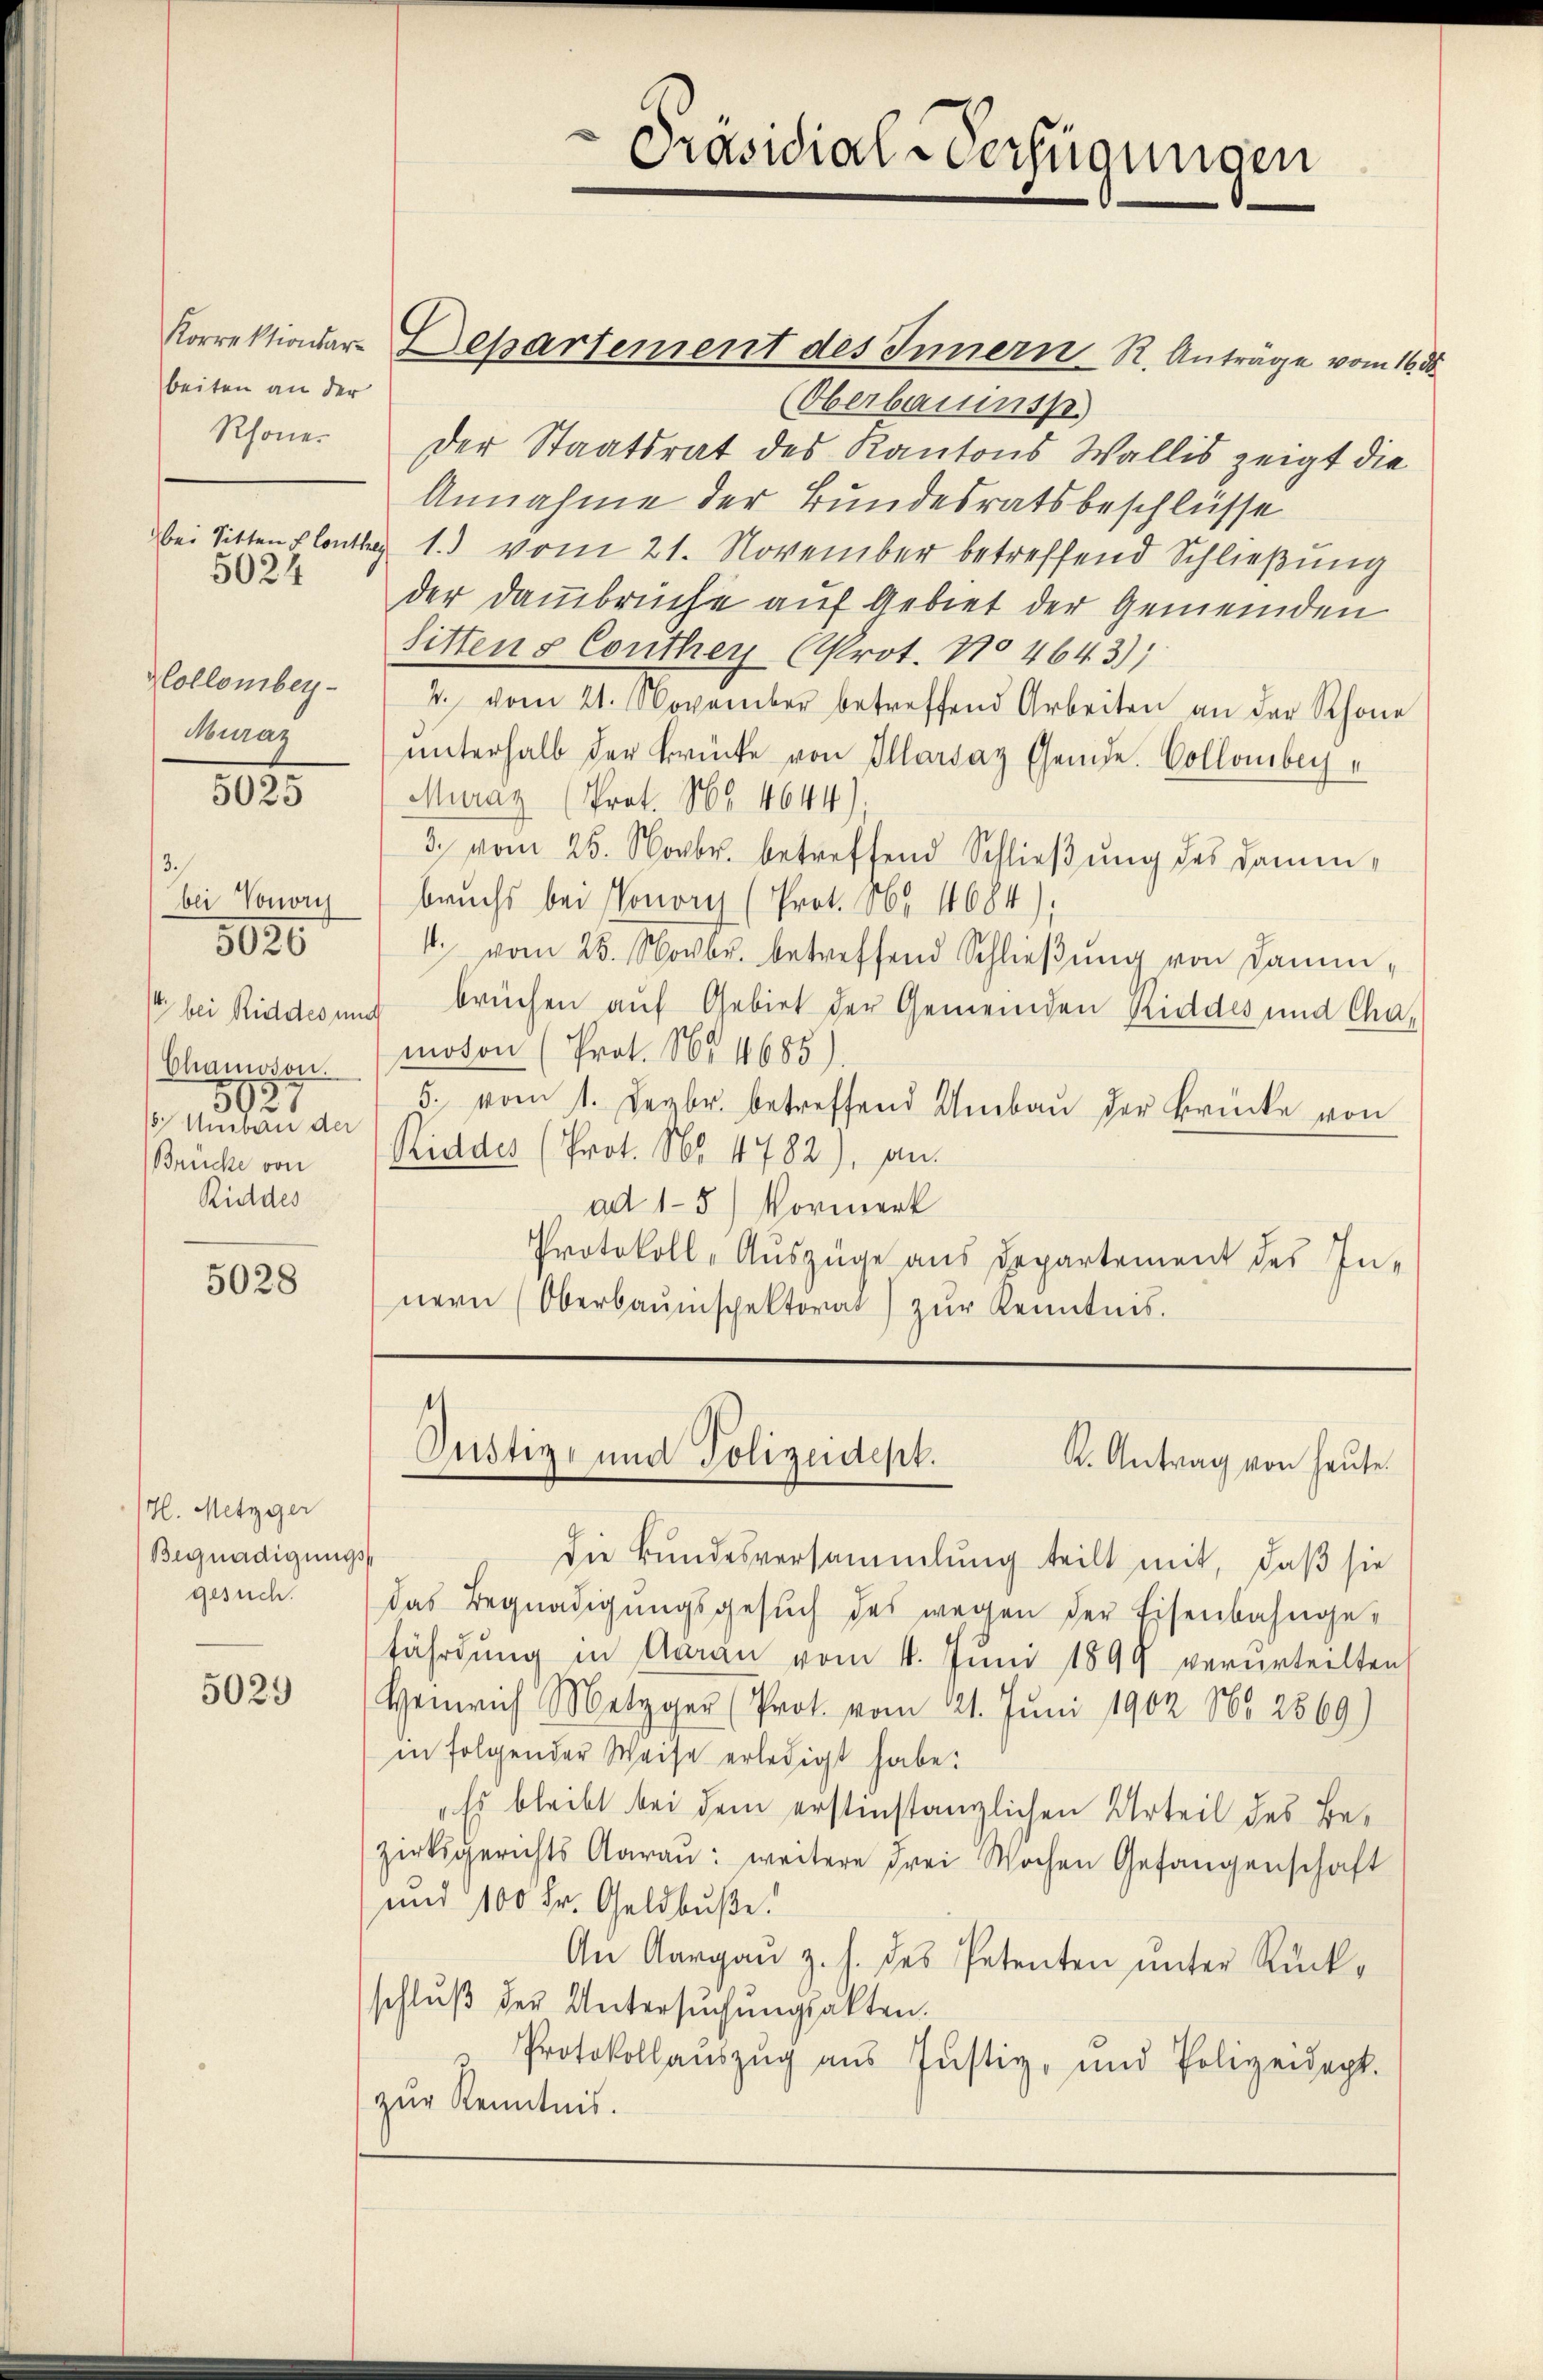
Korrektionsarbeiten an der
Rhone.
5024
Hollomben
Muraz

5025

3.)
bei Vonoris
st bei Riddes unt
Chamoson.
5027
 Umbau der
Brücke von
Rieldes

5020

5028

H. Metzger
Begnadigungsgesuch.

5029

Departement des Innern R. Anträge vom 16. d.
(Oberbauinsp
Der Staatsrat des Kantons Wallis zeigt die
Annahme der Bundesratsbeschlüsse
bei Sittenplantag 1.) vom 21. November betreffend Schließung
der Dammbrüche auf Gebiet der Gemeinden
Sittens Conthey (Prot. No 4643);
4. vom 21. November betreffend Arbeiten an der Rhone
ŭnterhalb der Brücke von Illarsaz Gemde. Collomber¬
Muráz (Prot. 86. 4644)
3. vom 25. Novbr. betreffend Schließung des Damenbruchs bei Monoris (Prot. No 11684):
4. vom 25. Novbr. betreffend Schließung von Dammbrüchen auf Gebiet der Gemeinden Riddes und Cha-
moton (Prot. Nr. 1685
5. vom 1. Dezbr. betreffend Umbaŭ der Brücke von
Riddes (Prot. No. 4782), an
ad 15) Vormerk
Protokoll-Auszüge aus Departement des Innern (Oberbauinspektorat) zŭr Kenntnis.

Präsidial-Verfügungen

.
Justiz- und Polizeidept.
K. Antrag von heute.

die Bundesversammlung teilt mit, daß sie
das Begnadigungsgesŭch des wegen der Eisenbahnge-
fährdung in Garan vom 4. Juni 1899 verurteilten
Heinrich Meter (Prot. vom 21. Juni 1902 No 2869)
in folgender Weise erledigt habe.
"Es bleibt bei dem erstinstanzlichen Urteil des Bezirksgerichts Aaraŭ: weitere Frei Wochen Gefangenschaft
und 100 Fr. Geldbuße.
An Aargau z. h. des Petenten unter Rückschlŭβ der Untersŭchŭngsakten.
Protokollaŭszŭg aŭs Justiz- und Polizeidept.
zur Kenntnis.